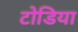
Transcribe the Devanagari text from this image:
टोडिया